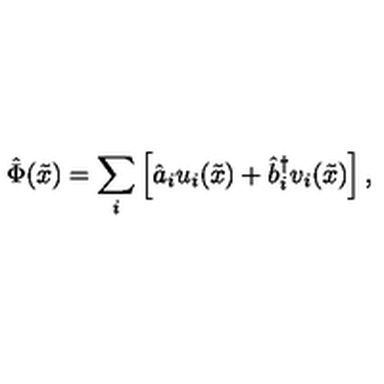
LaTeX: { \hat { \Phi } } ( { \tilde { x } } ) = \sum _ { i } \left[ { \hat { a } } _ { i } u _ { i } ( { \tilde { x } } ) + { \hat { b } } _ { i } ^ { \dag } v _ { i } ( { \tilde { x } } ) \right] ,